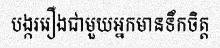
បង្កររឿងជាមួយអ្នកមានទឹកចិត្ត